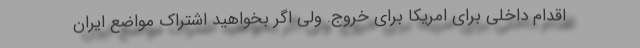
اقدام داخلی برای امریکا برای خروج. ولی اگر بخواهید اشتراک مواضع ایران